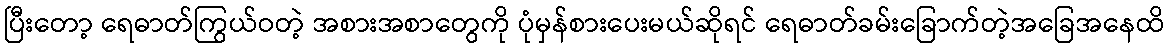
ပြီးတော့ ရေဓာတ်ကြွယ်ဝတဲ့ အစားအစာတွေကို ပုံမှန်စားပေးမယ်ဆိုရင် ရေဓာတ်ခမ်းခြောက်တဲ့အခြေအနေထိ